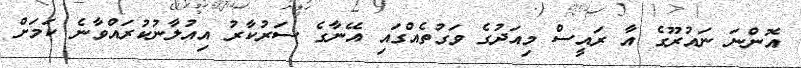
އޮންނަ ނައުރޫގެ އާ ރައީސް މިއަދުގެ ވަގުތެއްގައި އޭނާގެ ސަރުކާރު އިއުލާނުކުރައްވާނެ ކަމަށް